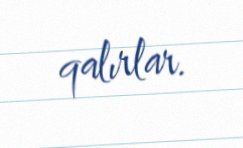
qalırlar.